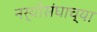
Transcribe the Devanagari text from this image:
नर्योसंघाच्या